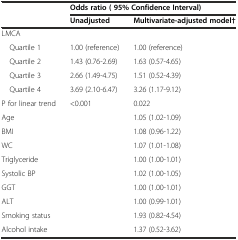
<table><thead><tr><td rowspan="2"></td><td colspan="2"><b>Odds ratio ( 95% Confidence Interval)</b></td></tr><tr><td><b>Unadjusted</b></td><td><b>Multivariate-adjusted model†</b></td></tr></thead><tbody><tr><td>LMCA</td><td></td><td></td></tr><tr><td> Quartile 1</td><td>1.00 (reference)</td><td>1.00 (reference)</td></tr><tr><td> Quartile 2</td><td>1.43 (0.76-2.69)</td><td>1.63 (0.57-4.65)</td></tr><tr><td> Quartile 3</td><td>2.66 (1.49-4.75)</td><td>1.51 (0.52-4.39)</td></tr><tr><td> Quartile 4</td><td>3.69 (2.10-6.47)</td><td>3.26 (1.17-9.12)</td></tr><tr><td>P for linear trend</td><td>&lt;0.001</td><td>0.022</td></tr><tr><td>Age</td><td></td><td>1.05 (1.02-1.09)</td></tr><tr><td>BMI</td><td></td><td>1.08 (0.96-1.22)</td></tr><tr><td>WC</td><td></td><td>1.07 (1.01-1.08)</td></tr><tr><td>Triglyceride</td><td></td><td>1.00 (1.00-1.01)</td></tr><tr><td>Systolic BP</td><td></td><td>1.02 (1.00-1.05)</td></tr><tr><td>GGT</td><td></td><td>1.00 (1.00-1.01)</td></tr><tr><td>ALT</td><td></td><td>1.00 (0.99-1.01)</td></tr><tr><td>Smoking status</td><td></td><td>1.93 (0.82-4.54)</td></tr><tr><td>Alcohol intake</td><td></td><td>1.37 (0.52-3.62)</td></tr></tbody></table>